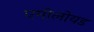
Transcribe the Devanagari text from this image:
एमीलोयड